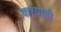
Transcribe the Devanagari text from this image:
कश्याही